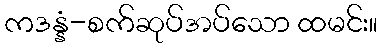
ကဒန္နံ-စက်ဆုပ်အပ်သော ထမင်း။